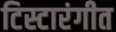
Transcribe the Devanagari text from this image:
टिस्टारंगीत